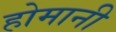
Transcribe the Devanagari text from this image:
होमानी